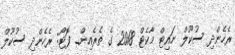
ރެހެންދި ސުކޫލް ނައިޓް މާކެޓް 2018 ގެ ތެރެއިން_ ފޮޓޯ: ރެހެންދި ސުކޫލް